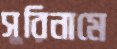
সুরিনামে